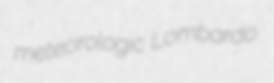
meteorologic Lombardo